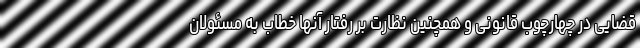
قضایی در چهارچوب قانونی و همچنین نظارت بر رفتار آنها خطاب به مسئولان